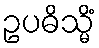
ဥပဓိသ္မိံ